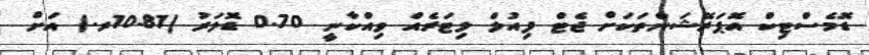
ޑޮމެސްޓިކް އޮޕަރޭޝަންތަކަށް ޖެޓް ފިއުލް ލިޓަރެއް ވިއްކާނީ 0.70 ޑޮލަރު (10.81ރ.) އަށް